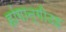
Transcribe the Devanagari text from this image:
हांगान्गीउइ